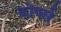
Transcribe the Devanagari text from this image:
कोपर्स